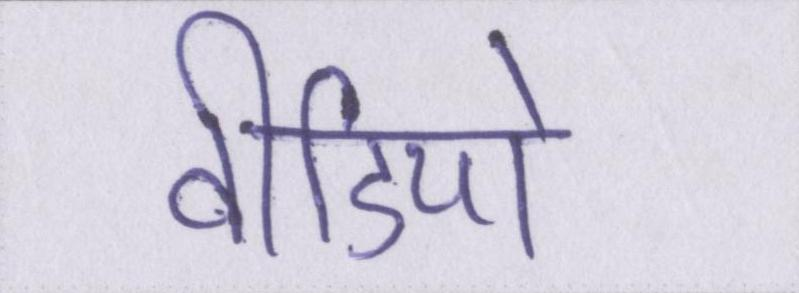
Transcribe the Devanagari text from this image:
वीडियो